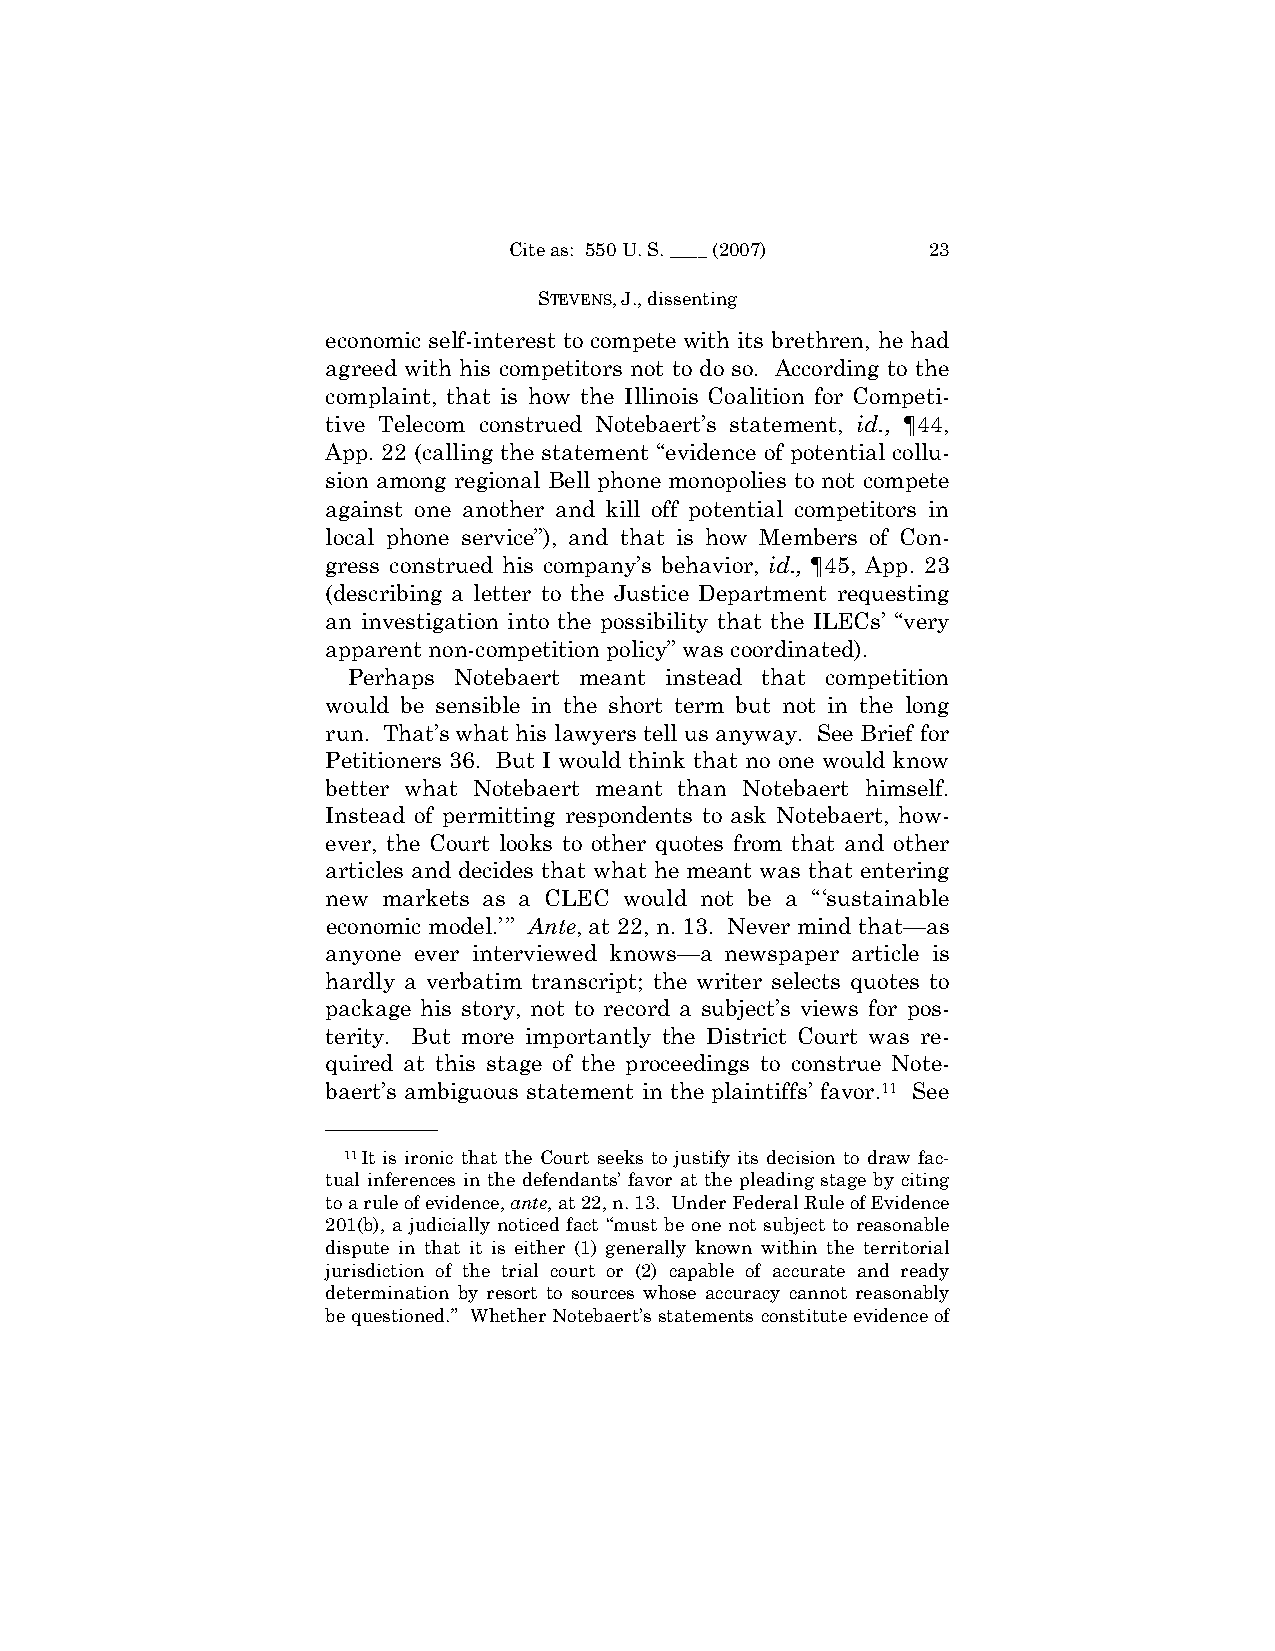
Cite as: 550 U. S. ____ (2007) 23
 STEVENS, J., dissenting
 economic self-interest to compete with its brethren, he had
 agreed with his competitors not to do so. According to the
 complaint, that is how the Illinois Coalition for Competi-
 tive Telecom construed Notebaert’s statement, id., ¶44,
 App. 22 (calling the statement “evidence of potential collu-
 sion among regional Bell phone monopolies to not compete
 against one another and kill off potential competitors in
 local phone service”), and that is how Members of Con-
 gress construed his company’s behavior, id., ¶45, App. 23
 (describing a letter to the Justice Department requesting
 an investigation into the possibility that the ILECs’ “very
 apparent non-competition policy” was coordinated).
 Perhaps Notebaert meant instead that competition
 would be sensible in the short term but not in the long
 run. That’s what his lawyers tell us anyway. See Brief for
 Petitioners 36. But I would think that no one would know
 better what Notebaert meant than Notebaert himself.
 Instead of permitting respondents to ask Notebaert, how-
 ever, the Court looks to other quotes from that and other
 articles and decides that what he meant was that entering
 new markets as a CLEC would not be a “‘sustainable
 economic model.’” Ante, at 22, n. 13. Never mind that—as
 anyone ever interviewed knows—a newspaper article is
 hardly a verbatim transcript; the writer selects quotes to
 package his story, not to record a subject’s views for pos-
 terity. But more importantly the District Court was re-
 quired at this stage of the proceedings to construe Note-
 baert’s ambiguous statement in the plaintiffs’ favor.11 See
 ——————
 11It is ironic that the Court seeks to justify its decision to draw fac-
 tual inferences in the defendants’ favor at the pleading stage by citing
 to a rule of evidence, ante, at 22, n. 13. Under Federal Rule of Evidence
 201(b), a judicially noticed fact “must be one not subject to reasonable
 dispute in that it is either (1) generally known within the territorial
 jurisdiction of the trial court or (2) capable of accurate and ready
 determination by resort to sources whose accuracy cannot reasonably
 be questioned.” Whether Notebaert’s statements constitute evidence of